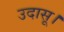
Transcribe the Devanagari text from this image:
उदासू।